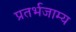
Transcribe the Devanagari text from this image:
प्रतर्भजाम्य